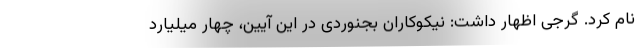
نام کرد. گرجی اظهار داشت: نیکوکاران بجنوردی در این آیین، چهار میلیارد